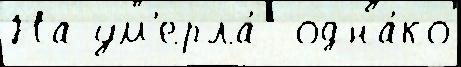
На ум'ерла́  одна́ко